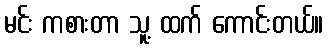
မင်း ကစားတာ သူ့ ထက် ကောင်းတယ်။